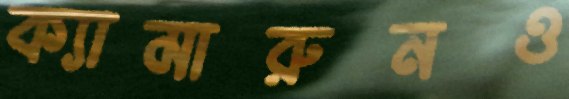
ক্যামারুনও